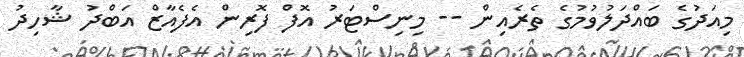
މިއަދުގެ ބައްދަލުވުމުގެ ތެރެއިން -- މިނިސްޓަރު އޮފް ފޮރިން އެފެއާޒް އަބްދު ޝާހިދު